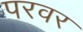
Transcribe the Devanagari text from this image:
परवर